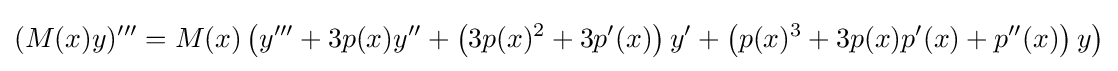
(M(x)y)'''=M(x)\left(y'''+3p(x)y''+\left(3p(x)^{2}+3p'(x)\right)y'+\left(p(x)^{3}+3p(x)p'(x)+p''(x)\right)y\right)